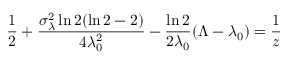
\frac { 1 } { 2 } + \frac { \sigma _ { \lambda } ^ { 2 } \ln 2 ( \ln 2 - 2 ) } { 4 \lambda _ { 0 } ^ { 2 } } - \frac { \ln 2 } { 2 \lambda _ { 0 } } ( \Lambda - \lambda _ { 0 } ) = \frac { 1 } { z }